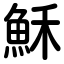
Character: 穌